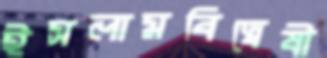
ইসলামবিদ্বেষী